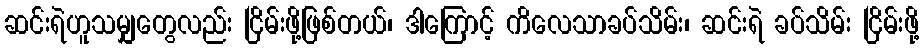
ဆင်းရဲဟူသမျှတွေလည်း ငြိမ်းဖို့ဖြစ်တယ်၊ ဒါကြောင့် ကိလေသာခပ်သိမ်း၊ ဆင်းရဲ ခပ်သိမ်း ငြိမ်းဖို့